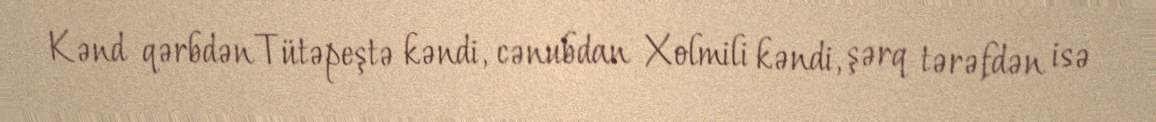
Kənd qərbdən Tütəpeştə kəndi, cənubdan Xolmili kəndi, şərq tərəfdən isə